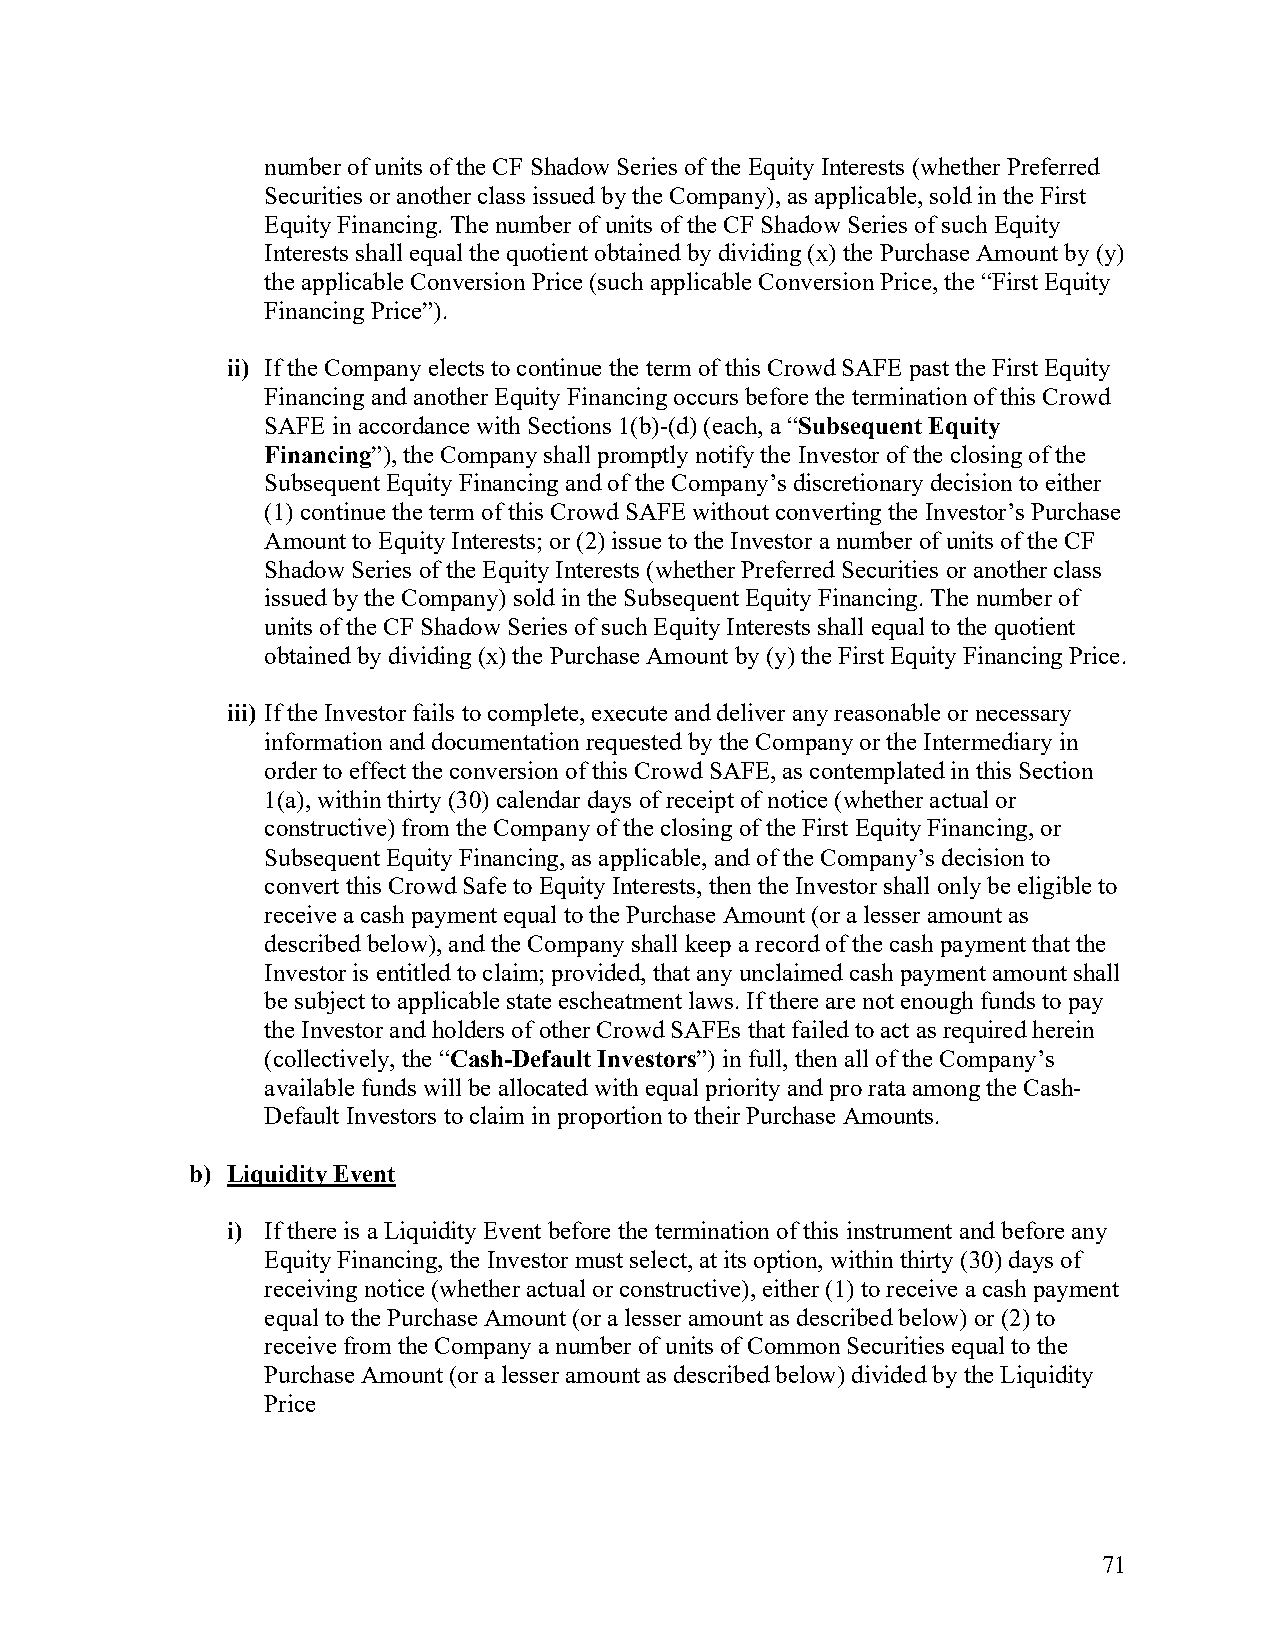
number of units of the CF Shadow Series of the Equity Interests (whether Preferred
 Securities or another class issued by the Company), as applicable, sold in the First
 Equity Financing. The number of units of the CF Shadow Series of such Equity
 Interests shall equal the quotient obtained by dividing (x) the Purchase Amount by (y)
 the applicable Conversion Price (such applicable Conversion Price, the “First Equity
 Financing Price”).
 ii) If the Company elects to continue the term of this Crowd SAFE past the First Equity
 Financing and another Equity Financing occurs before the termination of this Crowd
 SAFE in accordance with Sections 1(b)-(d) (each, a “Subsequent Equity
 Financing”), the Company shall promptly notify the Investor of the closing of the
 Subsequent Equity Financing and of the Company’s discretionary decision to either
 (1) continue the term of this Crowd SAFE without converting the Investor’s Purchase
 Amount to Equity Interests; or (2) issue to the Investor a number of units of the CF
 Shadow Series of the Equity Interests (whether Preferred Securities or another class
 issued by the Company) sold in the Subsequent Equity Financing. The number of
 units of the CF Shadow Series of such Equity Interests shall equal to the quotient
 obtained by dividing (x) the Purchase Amount by (y) the First Equity Financing Price.
 iii) If the Investor fails to complete, execute and deliver any reasonable or necessary
 information and documentation requested by the Company or the Intermediary in
 order to effect the conversion of this Crowd SAFE, as contemplated in this Section
 1(a), within thirty (30) calendar days of receipt of notice (whether actual or
 constructive) from the Company of the closing of the First Equity Financing, or
 Subsequent Equity Financing, as applicable, and of the Company’s decision to
 convert this Crowd Safe to Equity Interests, then the Investor shall only be eligible to
 receive a cash payment equal to the Purchase Amount (or a lesser amount as
 described below), and the Company shall keep a record of the cash payment that the
 Investor is entitled to claim; provided, that any unclaimed cash payment amount shall
 be subject to applicable state escheatment laws. If there are not enough funds to pay
 the Investor and holders of other Crowd SAFEs that failed to act as required herein
 (collectively, the “Cash-Default Investors”) in full, then all of the Company’s
 available funds will be allocated with equal priority and pro rata among the Cash-
 Default Investors to claim in proportion to their Purchase Amounts.
 b) Liquidity Event
 i) If there is a Liquidity Event before the termination of this instrument and before any
 Equity Financing, the Investor must select, at its option, within thirty (30) days of
 receiving notice (whether actual or constructive), either (1) to receive a cash payment
 equal to the Purchase Amount (or a lesser amount as described below) or (2) to
 receive from the Company a number of units of Common Securities equal to the
 Purchase Amount (or a lesser amount as described below) divided by the Liquidity
 Price
 71